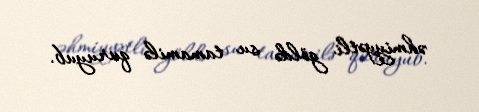
əhmiyyətli göldə su tamamilə quruyub.